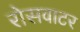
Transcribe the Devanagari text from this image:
रोसवाटर